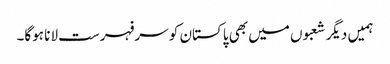
ہمیں دیگر شعبوں میں بھی پاکستان کو سرفہرست لانا ہوگا۔